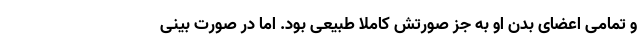
و تمامی اعضای بدن او به جز صورتش کاملا طبیعی بود. اما در صورت بینی